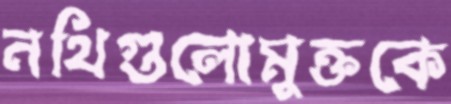
নথিগুলোমুক্তকে